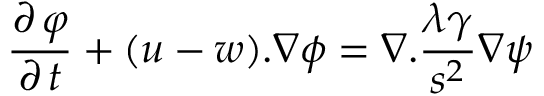
\frac { { \partial \, \varphi } } { { \partial \, t } } + ( u - w ) . \nabla \phi = \nabla . \frac { { \lambda \gamma } } { { { s ^ { 2 } } } } \nabla \psi